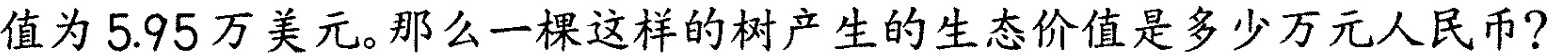
值为5.95万美元。那么一棵这样的树产生的生态价值是多少万元人民币?